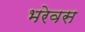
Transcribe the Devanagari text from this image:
भरेवस